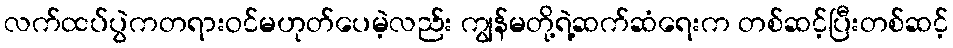
လက်ထပ်ပွဲကတရားဝင်မဟုတ်ပေမဲ့လည်း ကျွန်မတို့ရဲ့ဆက်ဆံရေးက တစ်ဆင့်ပြီးတစ်ဆင့်